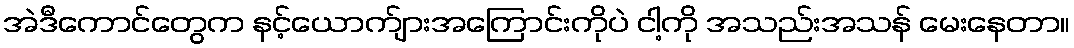
အဲဒီကောင်တွေက နင့်ယောက်ျားအကြောင်းကိုပဲ ငါ့ကို အသည်းအသန် မေးနေတာ။